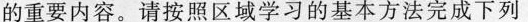
的重要内容。请按照区域学习的基本方法完成下列